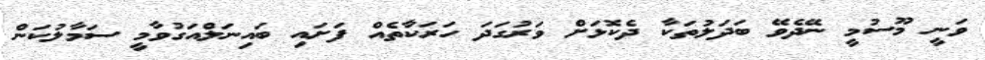
ވަނީ މޫސުމީ ނޭދެވޭ ބަދަލުތަކާ ދެކޮޅަށް ވަރުގަދަ ހަރަކާތެއް ފަށައި ބައިނަލްއަގުވާމީ ސަމާލުކަން